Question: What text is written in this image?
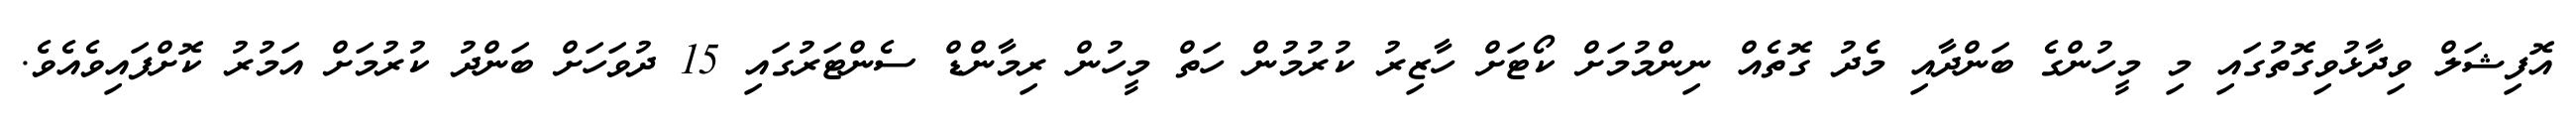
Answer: އޮފިޝަލް ވިދާޅުވިގޮތުގައި މި މީހުންގެ ބަންދާއި މެެދު ގޮތެއް ނިންމުމަށް ކޯޓަށް ހާޒިރު ކުރުމުން ހަތް މީހުން ރިމާންޑް ސެންޓަރުގައި 15 ދުވަހަށް ބަންދު ކުރުމަށް އަމުރު ކޮށްފައިވެއެވެ.